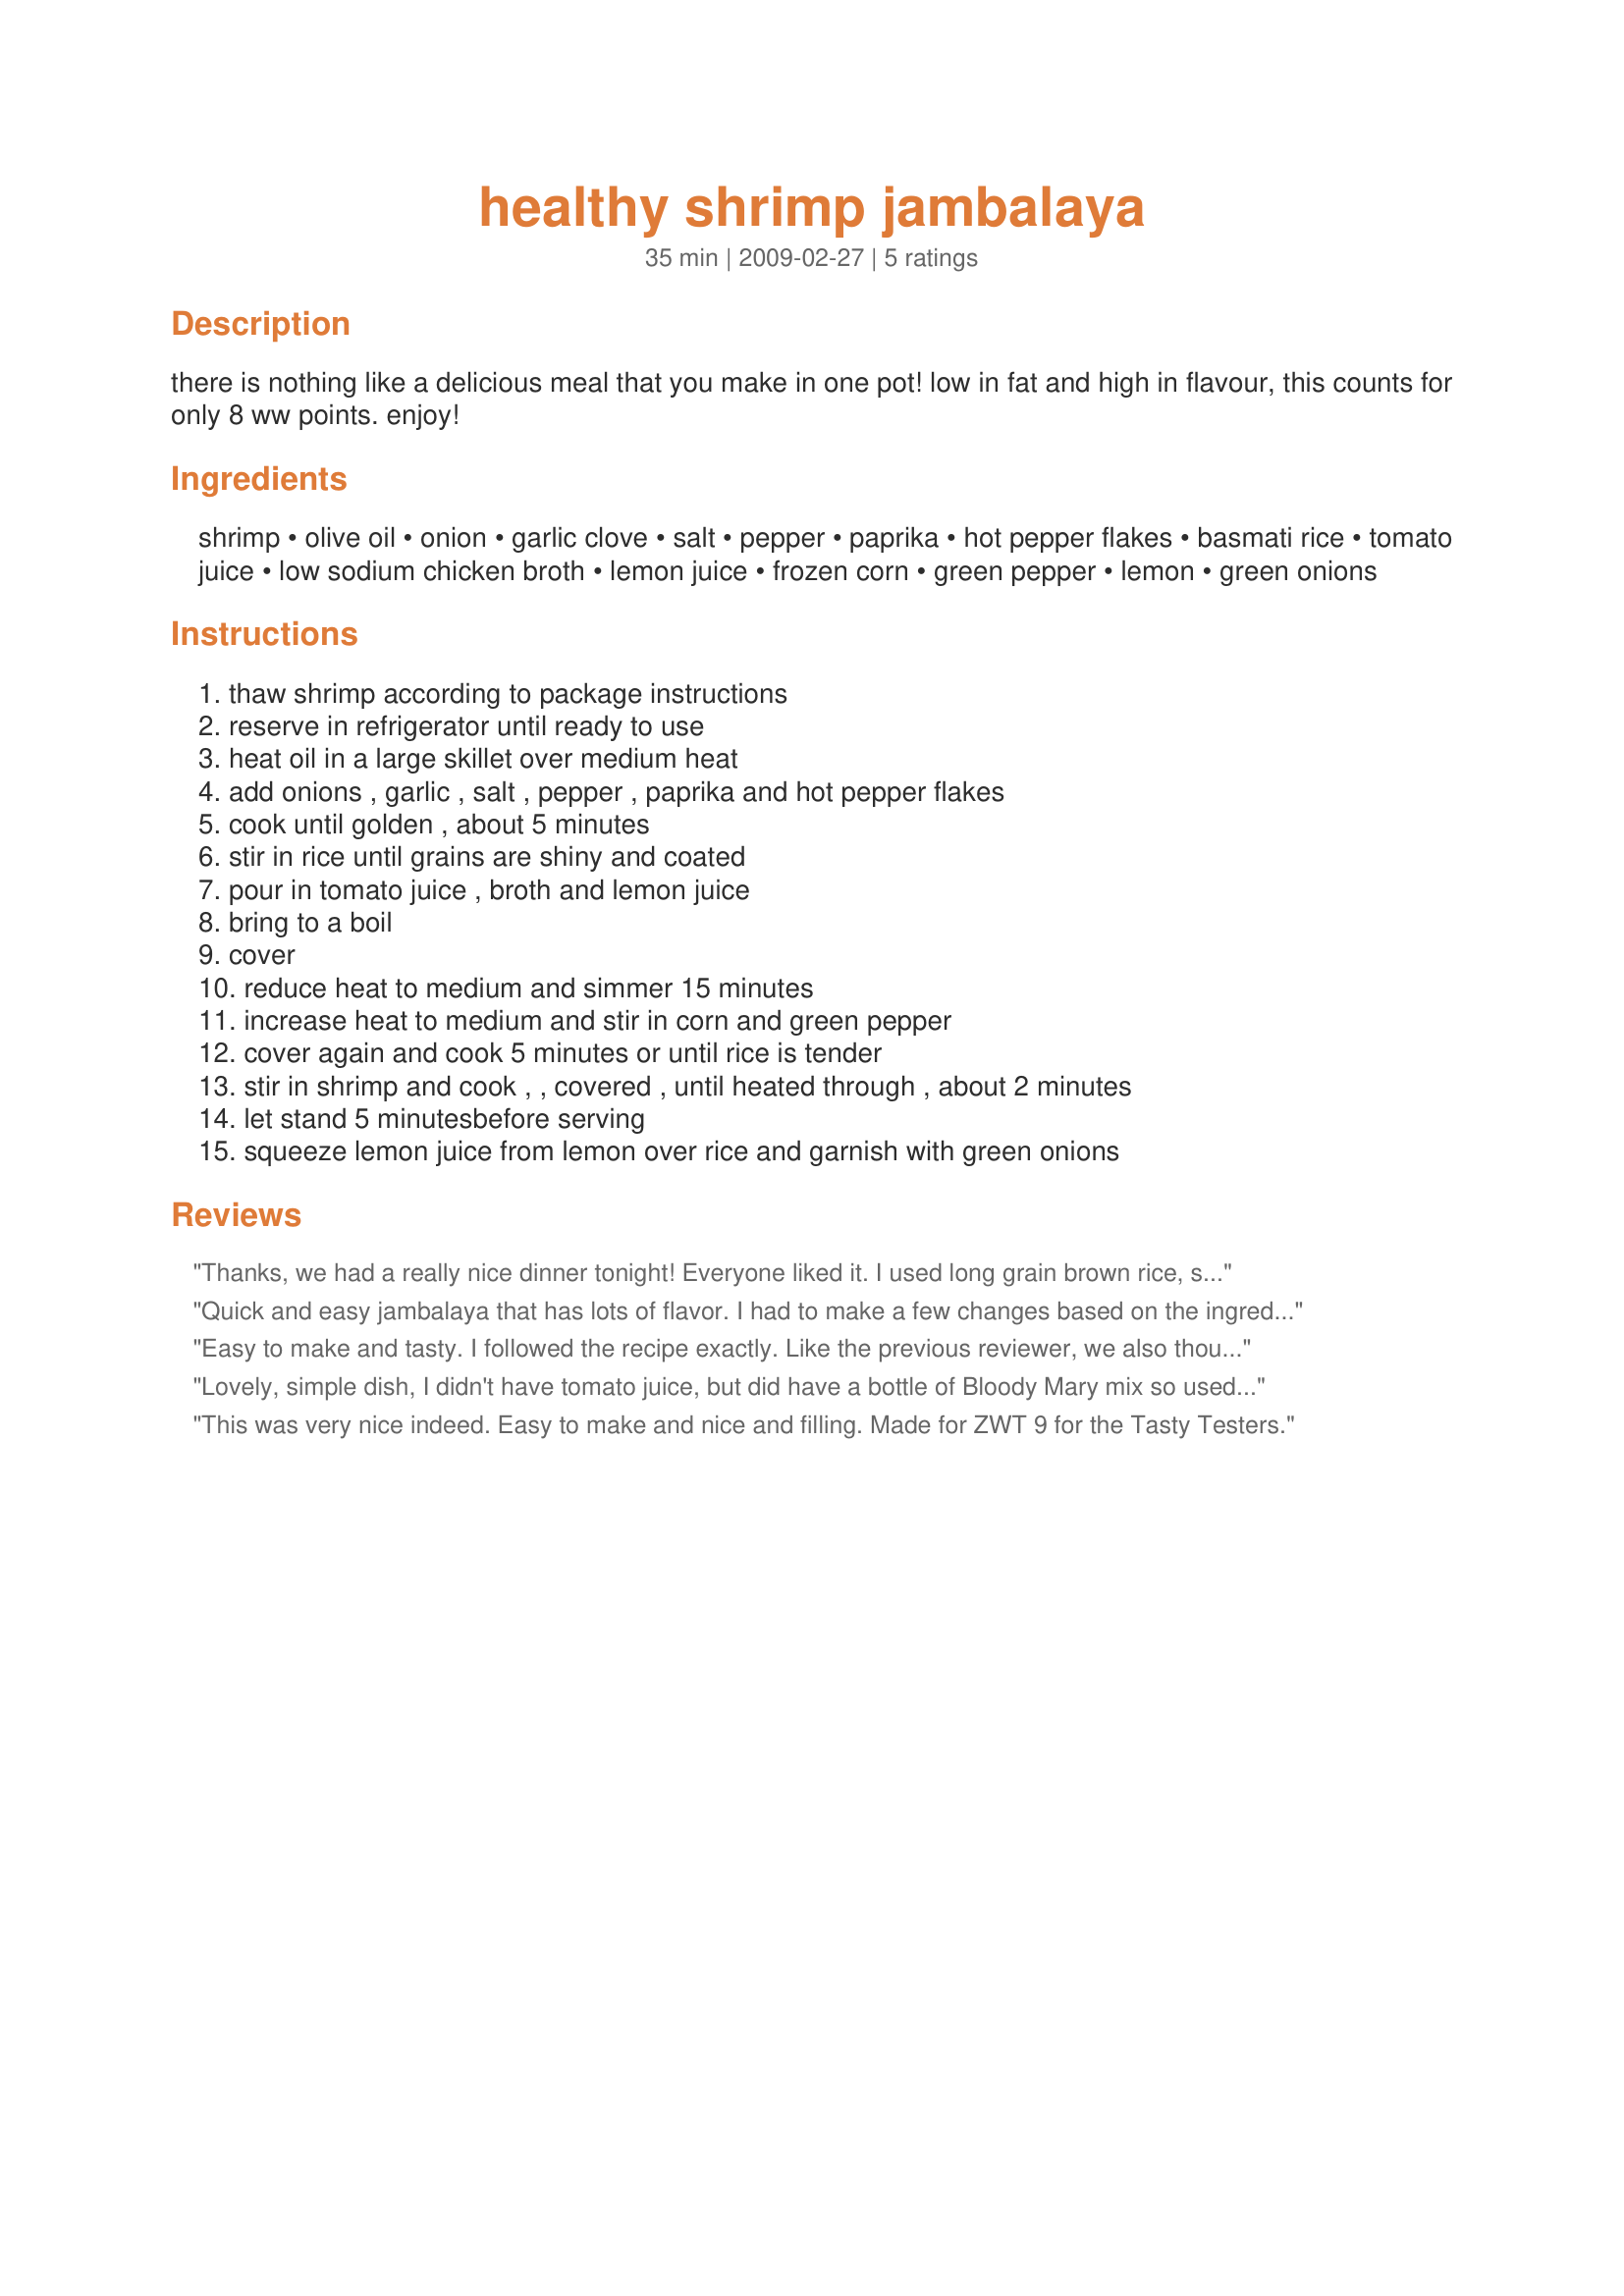
healthy shrimp jambalaya
Preparation time: 35 minutes

there is nothing like a delicious meal that you make in one pot! low in fat and high in flavour, this counts for only 8 ww points. enjoy!

Ingredients:
shrimp, olive oil, onion, garlic clove, salt, pepper, paprika, hot pepper flakes, basmati rice, tomato juice, low sodium chicken broth, lemon juice, frozen corn, green pepper, lemon, green onions

Steps:
thaw shrimp according to package instructions, reserve in refrigerator until ready to use, heat oil in a large skillet over medium heat, add onions , garlic , salt , pepper , paprika and hot pepper flakes, cook until golden , about 5 minutes, stir in rice until grains are shiny and coated, pour in tomato juice , broth and lemon juice, bring to a boil, cover, reduce heat to medium and simmer 15 minutes, increase heat to medium and stir in corn and green pepper, cover again and cook 5 minutes or until rice is tender, stir in shrimp and cook , , covered , until heated through , about 2 minutes, let stand 5 minutesbefore serving, squeeze lemon juice from lemon over rice and garnish with green onions

Reviews:
Thanks, we had a really nice dinner tonight! Everyone liked it. I used long grain brown rice, so had to add about 1 1/2 cups more broth, and of course it took longer but that's to be expected. I had to sub tinned tomatoes as I forgot to buy tomato juice....I liked having the pieces of tomato in there. Certainly a healthy meal! The flavour I found a little on the bland side (aside from heat), so as I had just made "Recipe #374037" I added about a tsp in. Very nice thanks Nif! Made for ZWT5 Cooks w/Dirty Faces Team.
Quick and easy jambalaya that has lots of flavor. I had to make a few changes based on the ingredients I had on hand. I used raw shrimp, so I needed to cook it a bit longer after adding the shrimp to make sure they got done. Also, I used V-8 juice instead of the tomato juice, and I cooked the onion with garlic-infused olive oil. I chose to use the smoked paprika option for added flavor and I'm glad that I did. This dish was delicious! Thank you for sharing. **Made for Susie's World Tour 2018**
Easy to make and tasty. I followed the recipe exactly. Like the previous reviewer, we also thought it was a little bland, so added hot sauce to it at the table. We prefer jambalaya with a more smoky taste and a combination of meats, but this was good and we definitely enjoyed it. I would make it again, using the same technique, but adding in a variety of meats and other ingredients. Made for Pink Panthers on the Prowl for ZWT9.
Lovely, simple dish, I didn't have tomato juice, but did have a bottle of Bloody Mary mix so used that and wow, just gave it that little extra kick of flavor, I also didn't have corn so used red beans and after reading others review I did add some smoked chopped ham, and topped with a dollop of sour cream. A nice way to prepare shrimp that was full of flavor
This was very nice indeed. Easy to make and nice and filling. Made for ZWT 9 for the Tasty Testers.
